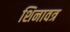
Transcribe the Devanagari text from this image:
शिनावत्र